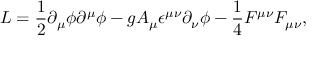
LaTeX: { \cal L } = { \frac { 1 } { 2 } } \partial _ { \mu } \phi \partial ^ { \mu } \phi - g A _ { \mu } \epsilon ^ { \mu \nu } \partial _ { \nu } \phi - { \frac { 1 } { 4 } } F ^ { \mu \nu } F _ { \mu \nu } ,